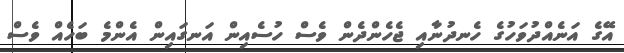
އޭގެ އަނެއްދުވަހުގެ ހެނދުނާއި ޖެހެންދެން ވެސް ހުސެއިން އަނގައިން އެންމެ ބަހެއް ވެސް